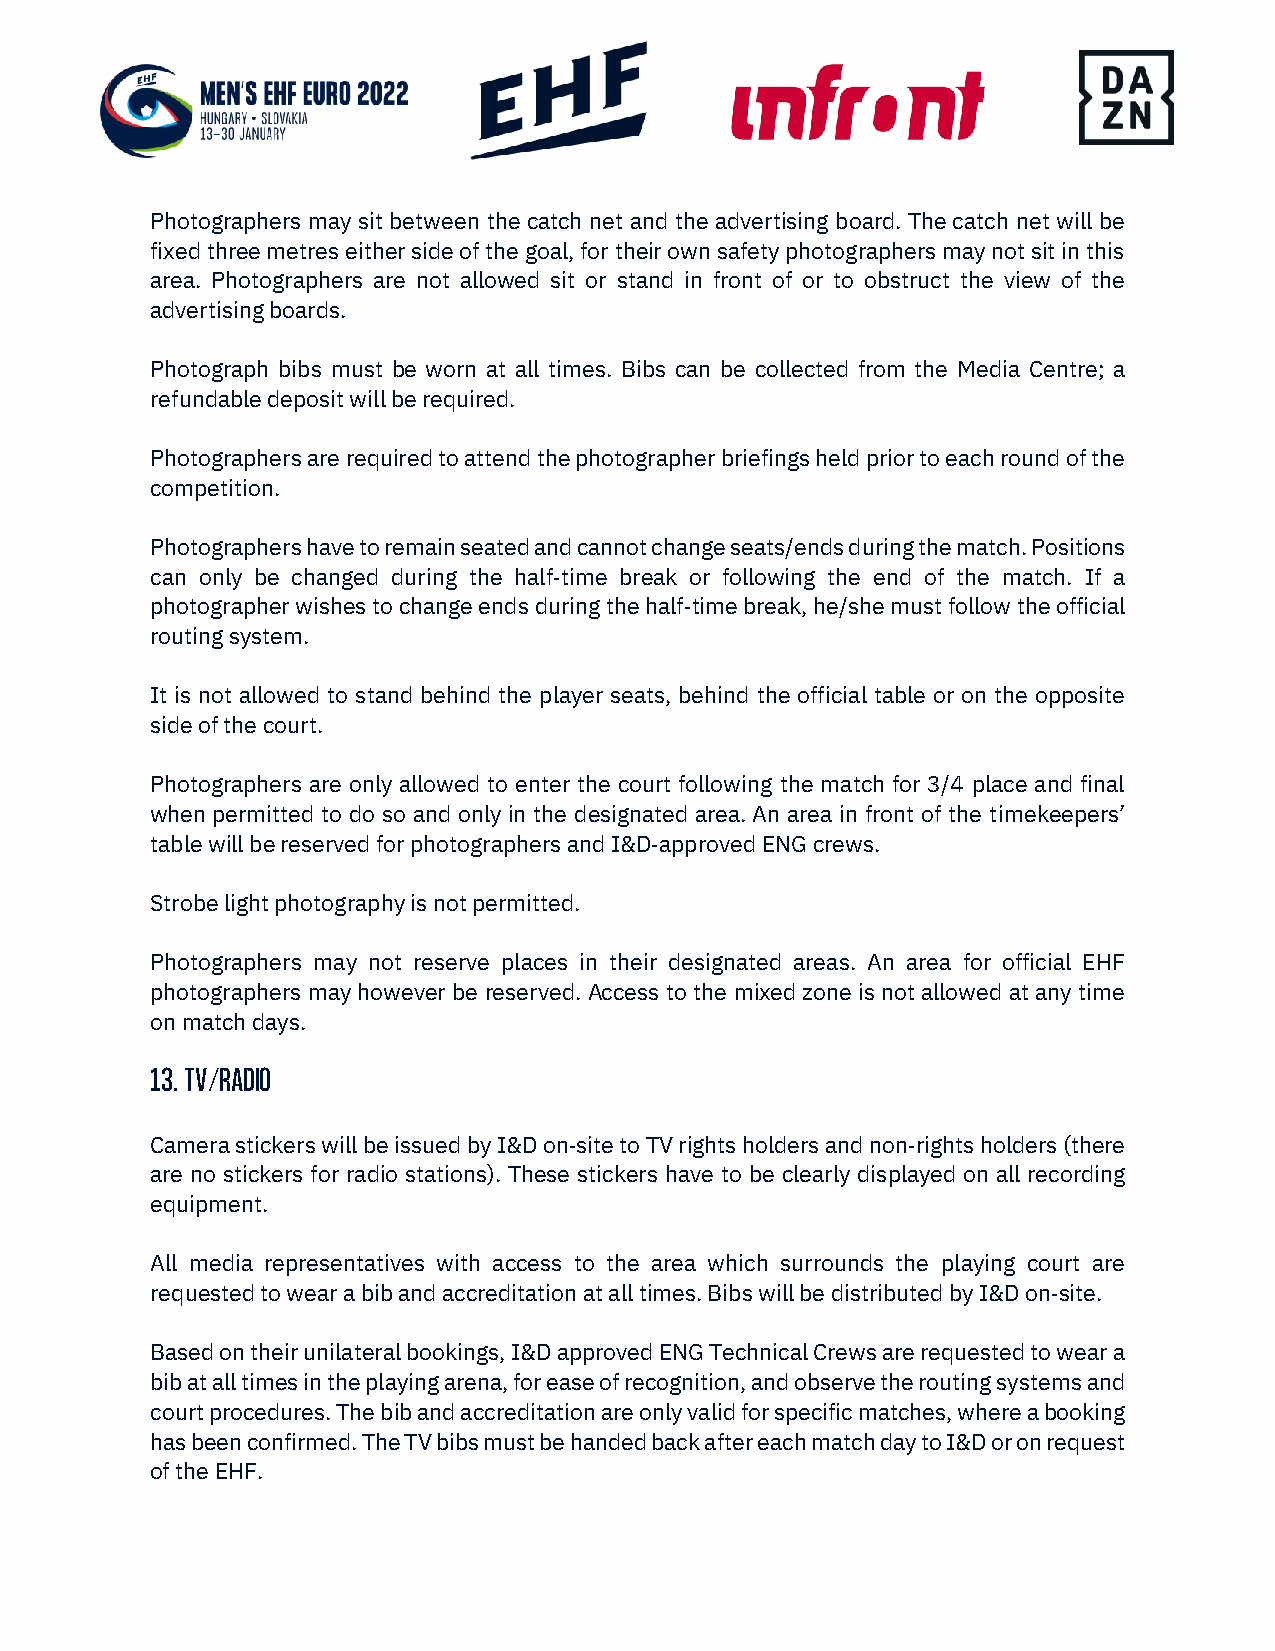
Photographers may sit between the catch net and the advertising board. The catch net will be
 fixed three metres either side of the goal, for their own safety photographers may not sit in this
 area. Photographers are not allowed sit or stand in front of or to obstruct the view of the
 advertising boards.
 Photograph bibs must be worn at all times. Bibs can be collected from the Media Centre; a
 refundable deposit will be required.
 Photographers are required to attend the photographer briefings held prior to each round of the
 competition.
 Photographers have to remain seated and cannot change seats/ends during the match. Positions
 can only be changed during the half‐time break or following the end of the match. If a
 photographer wishes to change ends during the half‐time break, he/she must follow the official
 routing system.
 It is not allowed to stand behind the player seats, behind the official table or on the opposite
 side of the court.
 Photographers are only allowed to enter the court following the match for 3/4 place and final
 when permitted to do so and only in the designated area. An area in front of the timekeepers’
 table will be reserved for photographers and I&D‐approved ENG crews.
 Strobe light photography is not permitted.
 Photographers may not reserve places in their designated areas. An area for official EHF
 photographers may however be reserved. Access to the mixed zone is not allowed at any time
 on match days.
 13. TV/RADIO
 Camera stickers will be issued by I&D on‐site to TV rights holders and non‐rights holders (there
 are no stickers for radio stations). These stickers have to be clearly displayed on all recording
 equipment.
 All media representatives with access to the area which surrounds the playing court are
 requested to wear a bib and accreditation at all times. Bibs will be distributed by I&D on‐site.
 Based on their unilateral bookings, I&D approved ENG Technical Crews are requested to wear a
 bib at all times in the playing arena, for ease of recognition, and observe the routing systems and
 court procedures. The bib and accreditation are only valid for specific matches, where a booking
 has been confirmed. The TV bibs must be handed back after each match day to I&D or on request
 of the EHF.